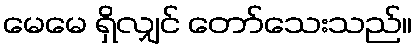
မေမေ ရှိလျှင် တော်သေးသည်။